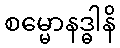
စမ္မောနဒ္ဓါနိ